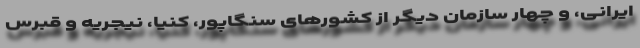
ایرانی، و چهار سازمان دیگر از کشورهای سنگاپور، کنیا، نیجریه و قبرس